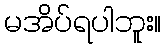
မအိပ်ရပါဘူး။